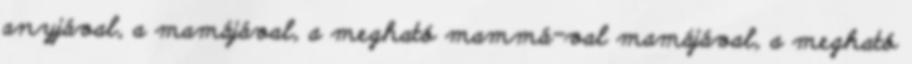
anyjával, a mamájával, a megható mammá-val mamájával, a megható